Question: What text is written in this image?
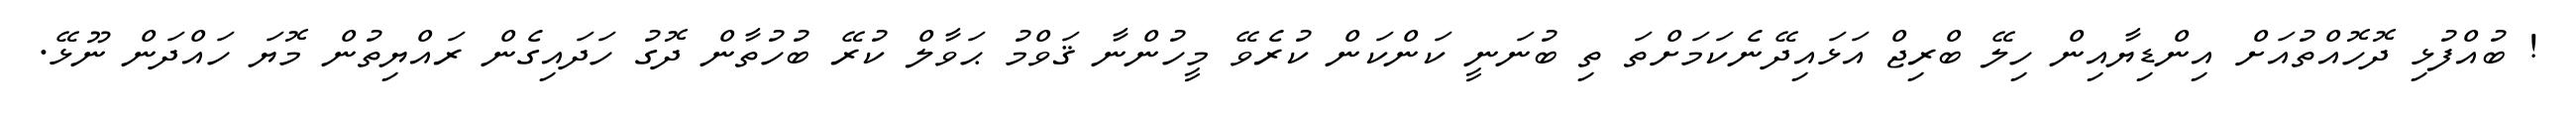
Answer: ! ބުއްފުޅި ދޮހޮއްތުއަށް އިންޑިޔާއިން ހިލޭ ބްރިޖް އަޅައިދޭނެކަމަށްތަ ތި ބުނަނީ ކަންކަން ކުރެވޭ މީހުންނާ ޤަވްމު ޙަވާލް ކުރޭ ބުހުތާން ދޮގު ހަދައިގެން ރައްޔިތުން މޮޔަ ހައްދަން ނޫޅޭ.